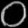
Digit: ၀